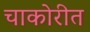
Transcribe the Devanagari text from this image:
चाकोरीत